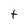
Character: t